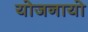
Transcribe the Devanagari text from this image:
योजनायो